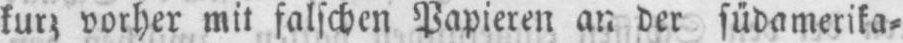
kurz vorher mit falschen Papieren an der südamerika⸗